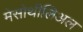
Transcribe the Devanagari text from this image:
मेसोथीलिअल